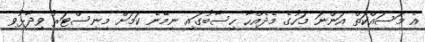
އެ މަސައްކަތް އަންނަ މަހުގެ މެދެއްހާ ހިސާބުގައި ނިމޭނެ ކަމަށް މިނިސްޓަރު ވިދާޅުވި